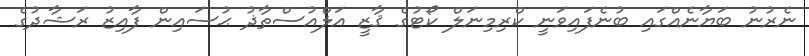
ނެރުނު ބަޔާނެއްގައި ބުނެފައިވަނީ ކްރިމިނަލް ކޯޓުގެ ޤާޒީ އަލްއުސްތާޛު ޙުސައިން ފާއިޒު ރަޝާދުގެ